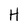
Character: H